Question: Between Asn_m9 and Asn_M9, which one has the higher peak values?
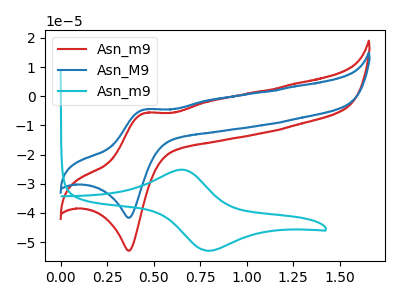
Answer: <think>The red curve "Asn_m9" has an anodic peak at (0.45V, -5.75uA) and a cathodic peak at (0.35V, -53.00uA). The blue curve "Asn_M9" has an anodic peak at (0.45V, -4.55uA) and a cathodic peak at (0.35V, -41.70uA). The cyan curve "Asn_m9" has an anodic peak at (0.65V, -25.20uA) and a cathodic peak at (0.80V, -52.95uA).</think>
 <answer>The peaks in "Asn_m9" are neither all higher or all lower than the peaks in "Asn_M9".</answer>
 <eval>mixed</eval>